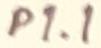
Text: P1.1